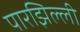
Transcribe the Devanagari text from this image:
पारझिल्ली